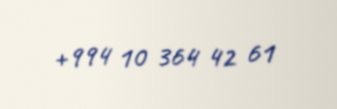
+994 10 364 42 61